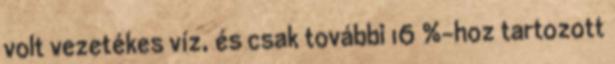
volt vezetékes víz, és csak további 16 %-hoz tartozott